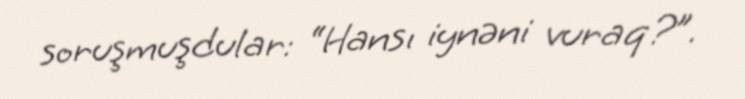
soruşmuşdular: “Hansı iynəni vuraq?”.